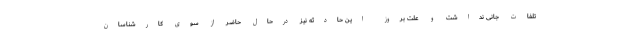
تلفات جانی نداشت و علت بروز این حادثه نیز درحال حاضر از سوی کارشناسان